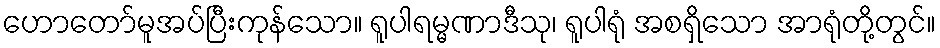
ဟောတော်မူအပ်ပြီးကုန်သော။ ရူပါရမ္မဏာဒီသု၊ ရူပါရုံ အစရှိသော အာရုံတို့တွင်။